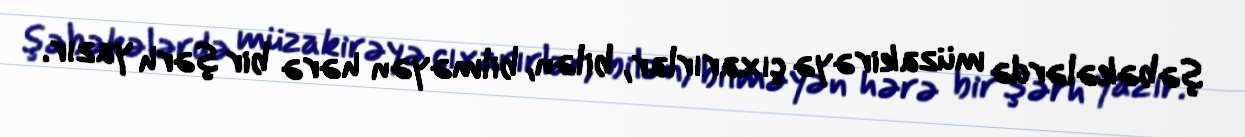
şəbəkələrdə müzakirəyə çıxarırlar, bilən, bilməyən hərə bir şərh yazır.